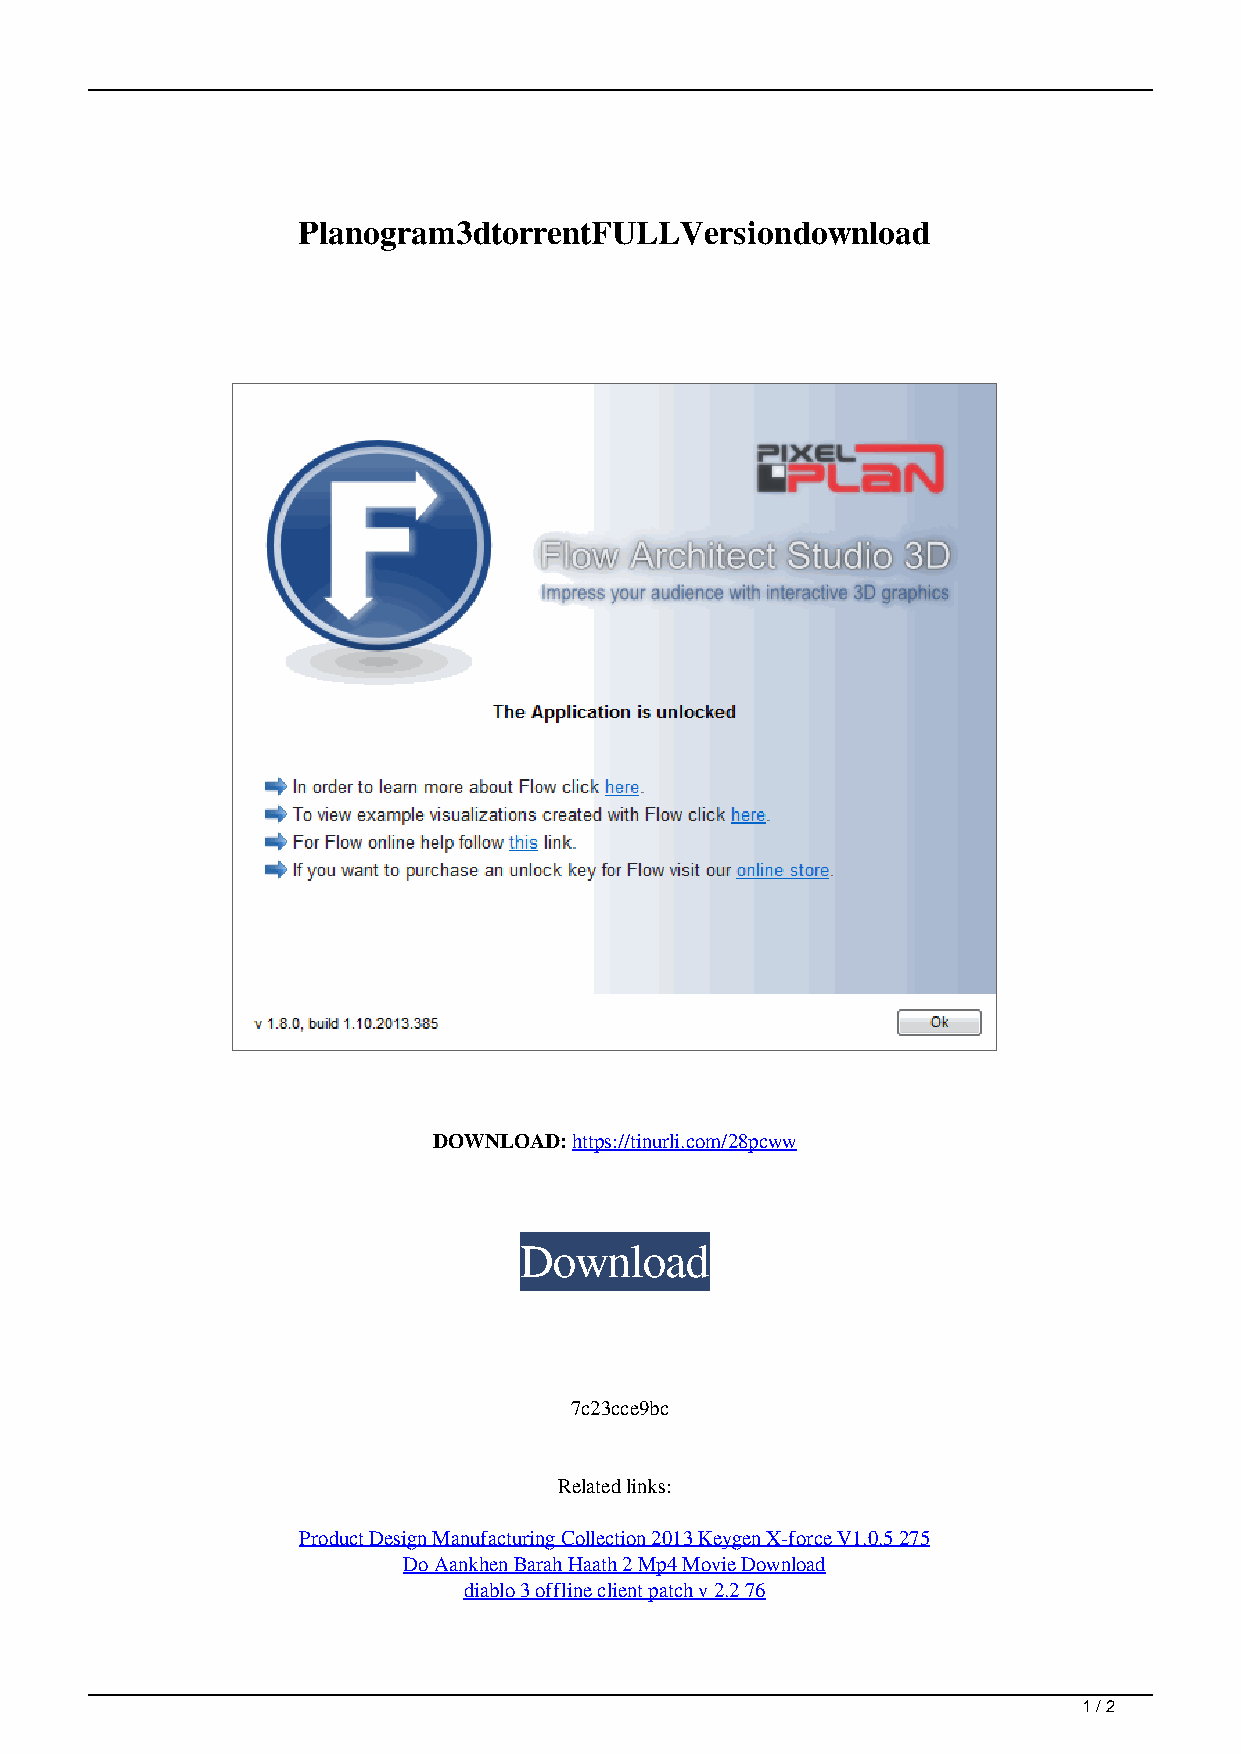
Planogram3dtorrentFULLVersiondownload
 DOWNLOAD: https://tinurli.com/28pcww
 Download
 7c23cce9bc
 Related links:
 Product Design Manufacturing Collection 2013 Keygen X-force V1.0.5 275
 Do Aankhen Barah Haath 2 Mp4 Movie Download
 diablo 3 offline client patch v 2.2 76
 1 / 2